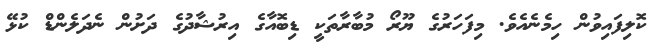
ކޮލިފައިވުން ހިމެނެއެވެ. މިފަހަރުގެ ޔޫރޯ މުބާރާތަކީ ޑިބޮއާގެ އިރުޝާދުގެ ދަށުން ނެދަލެންޑް ކުޅޭ